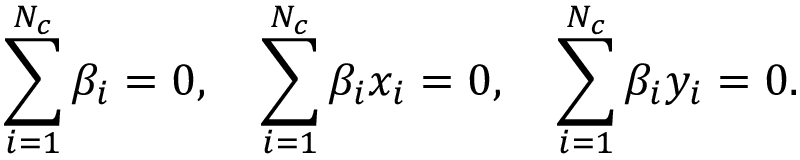
\sum _ { i = 1 } ^ { N _ { c } } \beta _ { i } = 0 , \quad \sum _ { i = 1 } ^ { N _ { c } } \beta _ { i } x _ { i } = 0 , \quad \sum _ { i = 1 } ^ { N _ { c } } \beta _ { i } y _ { i } = 0 .